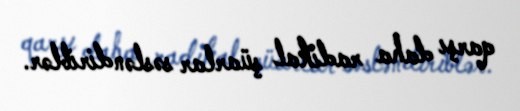
qarşı daha radikal şüarlar səsləndiriblər.